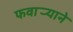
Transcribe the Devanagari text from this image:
फवार्‍याने